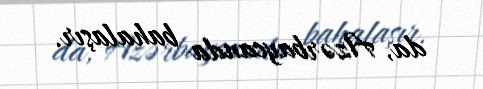
da, Azərbaycanda bahalaşır.